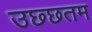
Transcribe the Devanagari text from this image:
उछ्छतम